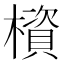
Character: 𰘹